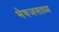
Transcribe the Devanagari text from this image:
भेषजसाध्य